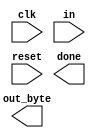
// Assume you have a finite state machine that will identify when bytes have been correctly received when given a stream of bits. It needs to identify the start bit, wait for all 8 data bits, then verify that the stop bit was correct. If the stop bit does not appear when expected, the FSM must wait until it finds a stop bit before attempting to receive the next byte.
// Now that you have a finite state machine that can identify when bytes are correctly received in a serial bitstream, add a datapath that will output the correctly-received data byte. out_byte needs to be valid when done is 1, and is don't-care otherwise.

// Note that the serial protocol sends the least significant bit first.

// Hint: The serial bitstream needs to be shifted in one bit at a time, then read out in parallel.


module top_module(
    input clk,
    input in,
    input reset,    // Synchronous reset
    output [7:0] out_byte,
    output done
); //

	// Insert your code below
	
    // Use FSM from Fsm_serial

    // New: Datapath to latch input bits.

endmodule